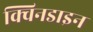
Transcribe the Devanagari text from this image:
क्विनडाइन